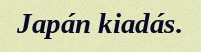
Japán kiadás.